Lunatic asylums Bombay report 1891-1903 - 1891-1903
Year: 1891
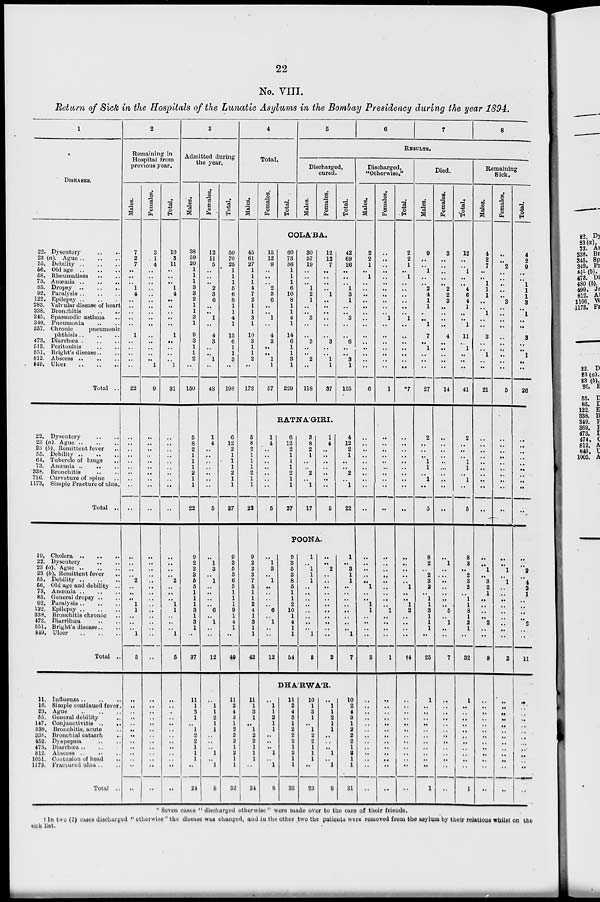
22
No. VIII.
Return of Sick in the Hospitals of the Lunatic Asylums in the Bombay Presidency during the year 1894.
1
DISEASES.
22. Dysentery
..
..
23 (a). Ague .. .. ..
55. Debility
..
..
..
56. Old age .. .. ..
58. Rheumatism .. ..
73. Anœmia
..
..
..
85. Dropsy
..
..
..
92. Paralysis
..
..
..
122. Epilepsy
..
..
..
283. Valvular disease of heart
338. Bronchitis .. ..
345. Spasmodic asthma ..
349. Pneumonia .. ..
357. Chronic
pneumonic
phthisis
..
..
..
473. Diarrhœa .. .. ..
513. Peritonitis .. ..
551. Bright's disease .. ..
812. Abscess
..
..
..
849. Ulcer
..
..
..
Total ..
22. Dysentery .. ..
23 (a). Ague
..
..
..
23 (b). Remittent fever ..
55. Debility
..
..
..
64. Tubercle of lungs ..
73. Anœmia ..
.. ..
338. Bronchitis .. ..
716. Curvature of spine ..
1173. Simple Fracture of ulna.
Total ..
19. Cholera .. .. ..
22. Dysentery .. ..
23 (a). Ague
..
..
..
23 (b). Remittent fever ..
55. Debility
..
..
..
56. Old age and debility ..
73. Anœmia
..
..
..
85. General dropsy .. ..
92. Paralysis
..
..
..
122. Epilepsy .. .. ..
338. Bronchitis chronic ..
473. Diarrihœa .. ..
551. Bright's disease.. ..
849. Ulcer
..
..
..
Total ..
11. Influenza
..
..
..
16. Simple continued fever
23. Ague
..
..
..
55. General debility ..
147. Conjunctivitis .. ..
338. Bronchitis, acute ..
338. Bronchial catarrh
..
452. Dyspepsia .. ..
473. Diarrhœa .. ..
812. Abscess .. .. ..
1051. Contusion of head ..
1173. Fractured ulna .. ..
Total ..
2
Remaining in
Hospital from
previous year.
Males.
7
2
7
..
..
..
1
4
..
..
..
..
..
1
..
..
..
..
..
22
..
..
..
..
..
..
..
..
..
..
..
..
..
..
2
..
..
..
1
1
..
..
..
1
5
..
..
..
..
..
..
..
..
..
..
..
..
..
Females.
3
1
4
..
..
..
..
..
..
..
..
..
..
..
..
..
..
..
1
9
..
..
..
..
..
..
..
..
..
..
..
..
..
..
..
..
..
..
..
..
..
..
..
..
..
..
..
..
..
..
..
..
..
..
..
..
..
..
Total.
10
3
11
..
..
..
1
4
..
..
..
..
..
1
..
..
..
..
1
31
..
..
..
..
..
..
..
..
..
..
..
..
..
..
2
..
..
..
1
1
..
..
..
1
5
..
..
..
..
..
..
..
..
..
..
..
..
..
3
Admitted during
the year.
Males.
38
59
20
1
1
1
3
3
2
1
1
3
1
9
3
1
1
2
..
150
5
8
2
1
1
1
2
1
1
22
9
2
2
3
5
5
1
1
1
3
1
3
1
..
37
11
1
3
1
..
1
2
2
1
1
1
..
24
Females.
12
11
5
..
..
..
2
3
6
..
..
1
..
4
3
..
..
1
..
48
1
4
..
..
..
..
..
..
..
5
..
1
3
..
1
..
..
..
.. 6
..
1
..
..
12
..
1
1
2
1
1
..
..
..
1
..
1
8
Total.
50
70
25
1
1
1
5
6
8
1
1
4
1
13
6
1
1
3
..
198
6
12
2
1
1
1
2
1
1
27
9
3
5
3
6
5
1
1
1
9
1
4
1
..
49
11
2
4
3
1
2
2
2
1
2
1
1
32
4
Total.
Males.
45
61
27
1
1
1
4
7
2
1
1
3
1
10
3
1
1
2
..
172
5
8
2
1
1
1
2
1
1
22
9
2
2
3
7
5
..
1
2
4
1
3
1
1
42
11
1
3
1
..
1
2
2
1
1
1
..
24
Females.
Total.
5
6
7
8
RESULTS.
Discharged,
cured.
Males.
Females.
Total.
COLA'BA.
15
12
9
..
..
..
2
3
6
..
..
1
..
4
3
..
..
1
1
57
60
73
36
1
1
1
6
10
8
1
1
4
1
14
6
1
1
3
1
229
30
57
19
..
..
..
1
2
1
..
..
3
..
..
3
..
..
2
..
118
12
12
7
..
..
..
..
1
..
..
..
..
..
..
3
..
..
1
1
37
42
69
26
..
..
..
1
3
1
..
..
3
..
..
6
..
..
3
1
155
RATNA'GIRI.
1
4
..
..
..
..
..
..
..
5
6
12
2
1
1
1
2
1
1
27
3
8
2
1
..
..
2
..
1
17
1
4
..
..
..
..
..
..
..
5
4
12
2
1
..
..
2
..
1
22
POONA.
..
1
3
..
1
..
..
..
.. 6
..
1
..
..
12
9
3
5
3
8
5
1
1
2
10
1
4
1
1
54
1
..
1
1
1
..
..
..
..
..
..
..
..
1
5
..
..
2
..
..
..
..
..
..
..
..
..
..
..
2
1
..
3
1
1
..
..
..
..
..
..
..
..
1
7
DHA'RWA'R.
..
1
1
2
1
1
..
..
.. 1
..
1
8
11
2
4
3
1
2
2
2
1
2
1
1
32
10
1
3
1
..
1
2
2
1
1
1
..
23
..
1
1
2
1
1
..
..
.. 1
..
1
8
10
2
4
3
1
2 2
2
1
2
1
1
31
Discharged,
"Otherwise."
Males.
2
2
1
..
1
..
..
..
..
..
..
..
..
..
..
..
..
..
..
6
..
..
..
..
..
..
..
..
..
..
..
..
..
..
..
1
..
..
1
1
..
..
..
..
3
..
..
..
..
..
..
..
..
..
..
..
..
..
Females.
..
..
..
..
..
..
..
..
..
..
..
1
..
..
..
..
..
..
..
1
..
..
..
..
..
..
..
..
..
..
..
..
..
..
..
..
..
..
..
1
..
..
..
..
1
..
..
..
..
..
..
..
..
..
..
..
..
..
Total.
2
2
1
..
1
..
..
..
..
..
..
1
..
..
..
..
..
..
..
*7
..
..
..
..
..
..
..
..
..
..
..
..
..
..
..
1
..
..
1
2
..
..
..
..
†4
..
..
..
..
..
..
..
..
..
..
..
..
..
Died.
Males.
9
..
..
1
..
..
2
4
1
1
..
..
1
7
..
1
..
..
..
27
2
..
..
..
1
1
..
1
..
5
8
2
..
2
3
2
.. 1
1
3
1
1
1
..
25
1
..
..
..
..
..
..
..
..
..
..
..
1
Females.
3
..
..
..
..
..
2
2
3
..
..
..
..
4
..
..
..
..
..
14
..
..
..
..
..
..
..
..
..
..
..
1
..
..
..
..
..
..
..
5
..
1
..
..
7
..
..
..
..
..
..
..
..
..
..
..
..
..
Total.
12
..
..
1
..
..
4
6
4
1
..
..
1
11
..
1
..
..
..
41
2
..
..
..
1
1
..
1
..
5
8
3
..
2
3
2
.. 1
1
8
1
2
1
..
32
1
..
..
..
..
..
..
..
..
..
..
..
1
Remaining
Sick.
Males.
4
2
7
..
..
1
1
1
..
..
1
..
..
3
..
..
1
..
..
21
..
..
..
..
..
..
..
..
..
..
..
..
1
..
3
2
1
..
..
..
..
2
..
..
9
..
..
..
..
..
..
..
..
..
..
..
..
..
Females.
..
..
2
..
..
..
..
..
3
..
..
..
..
..
..
..
..
..
..
5
..
..
..
..
..
..
..
..
..
..
..
..
1
..
1
..
..
..
..
..
..
..
..
..
2
..
..
..
..
..
..
..
..
..
..
..
..
..
Total.
4
2
9
..
..
1
1
1
3
..
1
..
..
3
..
..
1
..
..
26
..
..
..
..
..
..
..
..
..
..
..
..
2
..
4
2 1
..
..
..
..
2
..
..
11
..
..
..
..
..
..
..
..
..
..
..
..
..
* Seven cases " discharged otherwise " were made over to the care of their friends.
† In two (2) cases discharged " otherwise" the disease was changed, and in the other two the patients were removed from the asylum by their relations whilst on the
sick list.